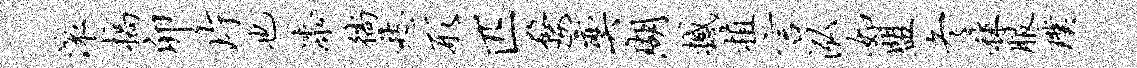
滚槁卯片也漆徜愁形匹婺奕瑚撼植言泓如盟冬秣服璞